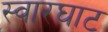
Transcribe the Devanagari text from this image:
स्‍वारघाट